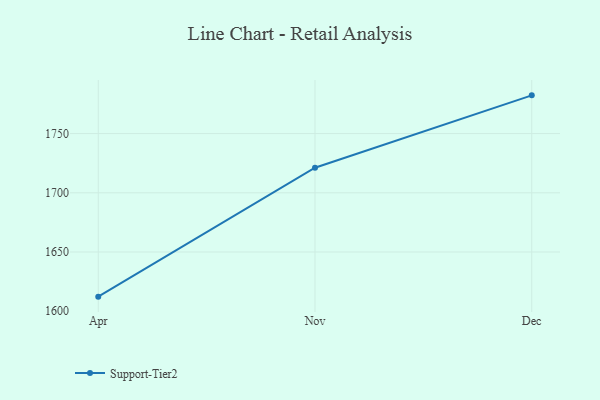
{"axis": {"x": "Month", "y": "Temperature (°C)"}, "legend": ["Support-Tier2"], "data": [{"x": "Apr", "y": 1612.3, "type": "Support-Tier2"}, {"x": "Nov", "y": 1721.2, "type": "Support-Tier2"}, {"x": "Dec", "y": 1782.3, "type": "Support-Tier2"}]}